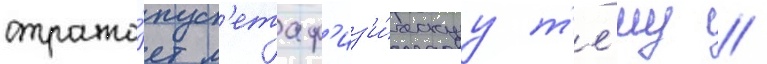
отража́ет м'етаф'из'и́ческуу т'е́му //